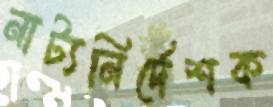
নাট্যনির্দেশক